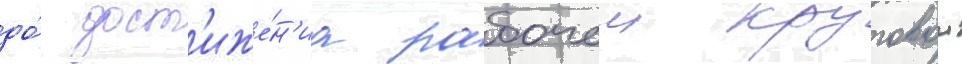
до́ дост'иже́н'иа рабочеи круговои